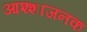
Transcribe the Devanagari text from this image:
आश्शाजनक